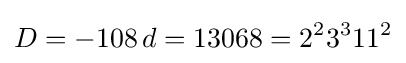
D=-108\,d=13068=2^{2}3^{3}11^{2}